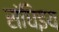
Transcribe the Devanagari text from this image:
संघिइय